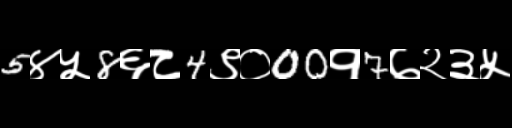
Text: 5४५8६८4९०00१7७२३५